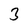
Character: 3